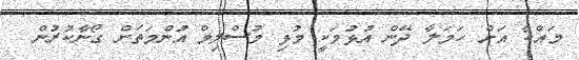
މައްކާ އަށް ހަމަލާ ދޭން އުޅުމަކީ މުޅި މުސްލިމް އުންމަތަށް ގޯނާކުރުން